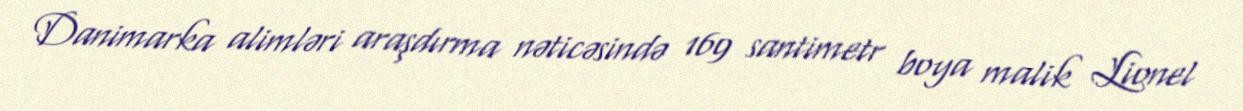
Danimarka alimləri araşdırma nəticəsində 169 santimetr boya malik Lionel